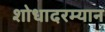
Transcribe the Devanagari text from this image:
शोधादरम्यान